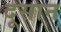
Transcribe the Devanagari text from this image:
दूसान